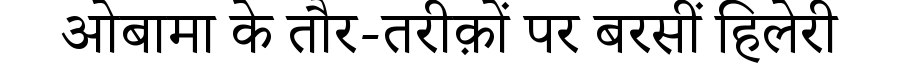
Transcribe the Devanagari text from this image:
ओबामा के तौर-तरीक़ों पर बरसीं हिलेरी